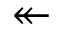
\twoheadleftarrow